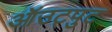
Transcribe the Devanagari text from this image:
ऑउट्पुट